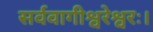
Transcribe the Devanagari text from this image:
सर्ववागीश्वरेश्वरः।